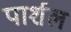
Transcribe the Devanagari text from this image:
पार्शल